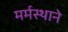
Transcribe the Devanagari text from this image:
मर्मस्थाने